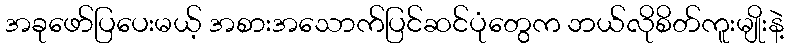
အခုဖော်ပြပေးမယ့် အစားအသောက်ပြင်ဆင်ပုံတွေက ဘယ်လိုစိတ်ကူးမျိုးနဲ့